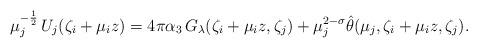
LaTeX: \begin{align*}\mu_j^{-\frac{1}{2}}\,U_j(\zeta_i+\mu_i z)=4\pi\alpha_3\,G_{\lambda}(\zeta_i+\mu_i z,\zeta_j)+\mu_j^{2-\sigma}\hat{\theta}(\mu_j,\zeta_i+\mu_i z,\zeta_j).\end{align*}